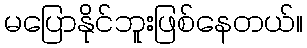
မပြောနိုင်ဘူးဖြစ်နေတယ်။